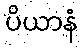
ပိယာနံ